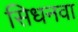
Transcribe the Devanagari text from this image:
सिधनवा